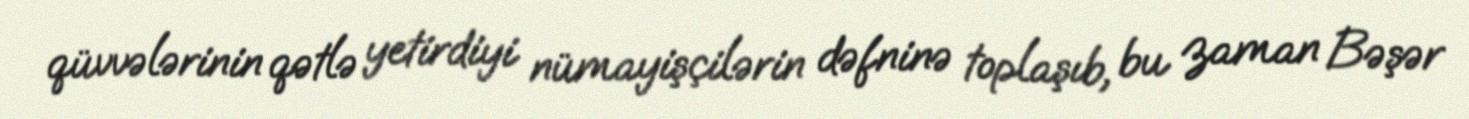
qüvvələrinin qətlə yetirdiyi nümayişçilərin dəfninə toplaşıb, bu zaman Bəşər